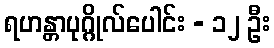
ရဟန္တာပုဂ္ဂိုလ်ပေါင်း - ၁၂ ဦး